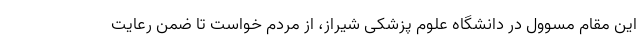
این مقام مسوول در دانشگاه علوم پزشکی شیراز، از مردم خواست تا ضمن رعایت